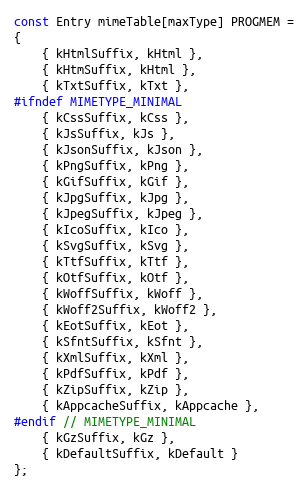
Language: C++
const Entry mimeTable[maxType] PROGMEM =
{
    { kHtmlSuffix, kHtml },
    { kHtmSuffix, kHtml },
    { kTxtSuffix, kTxt },
#ifndef MIMETYPE_MINIMAL
    { kCssSuffix, kCss },
    { kJsSuffix, kJs },
    { kJsonSuffix, kJson },
    { kPngSuffix, kPng },
    { kGifSuffix, kGif },
    { kJpgSuffix, kJpg },
    { kJpegSuffix, kJpeg },
    { kIcoSuffix, kIco },
    { kSvgSuffix, kSvg },
    { kTtfSuffix, kTtf },
    { kOtfSuffix, kOtf },
    { kWoffSuffix, kWoff },
    { kWoff2Suffix, kWoff2 },
    { kEotSuffix, kEot },
    { kSfntSuffix, kSfnt },
    { kXmlSuffix, kXml },
    { kPdfSuffix, kPdf },
    { kZipSuffix, kZip },
    { kAppcacheSuffix, kAppcache },
#endif // MIMETYPE_MINIMAL
    { kGzSuffix, kGz },
    { kDefaultSuffix, kDefault }
};